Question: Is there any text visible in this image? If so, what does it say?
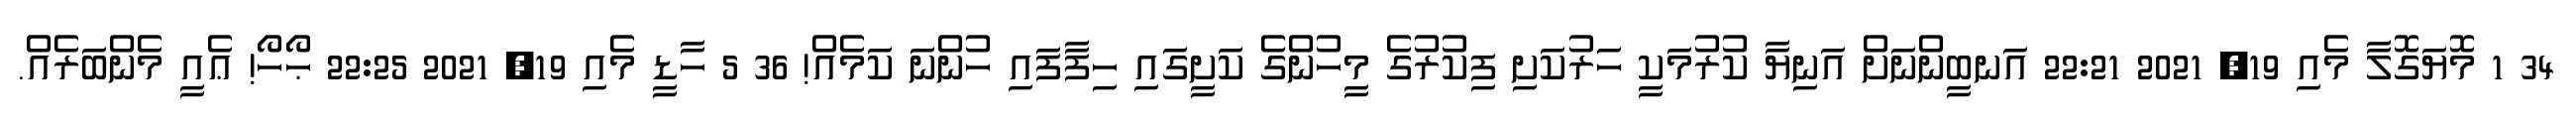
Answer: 34 1 މޮޔަގޮލާ މެއި 19, 2021 22:21 އަނބީންނަށް އަނިޔާ ކުރުމަކީ ހަރުކަށި ފިކުރުގެ މީހުންގެ ކަށީގައި ހިފާފައި ހުންނަ ކަމެއް! 36 5 ހާޑީ މެއި 19, 2021 22:25 ޙޯހޯ! ޢެއީ މެންބަރެއް.